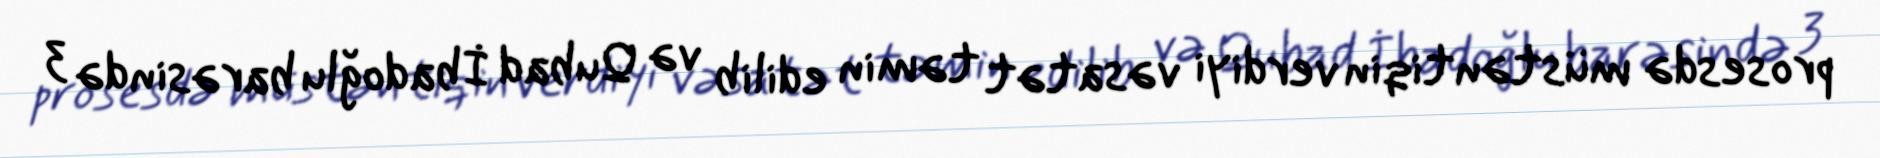
prosesdə müstəntiqin verdiyi vəsatət təmin edilib və Qubad İbadoğlu barəsində 3